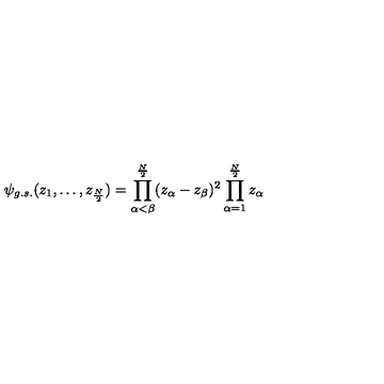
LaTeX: \psi _ { g . s . } ( z _ { 1 } , \ldots , z _ { \frac { N } { 2 } } ) = \prod _ { \alpha < \beta } ^ { \frac { N } { 2 } } ( z _ { \alpha } - z _ { \beta } ) ^ { 2 } \prod _ { \alpha = 1 } ^ { \frac { N } { 2 } } z _ { \alpha }